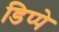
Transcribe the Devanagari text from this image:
डिप्पे